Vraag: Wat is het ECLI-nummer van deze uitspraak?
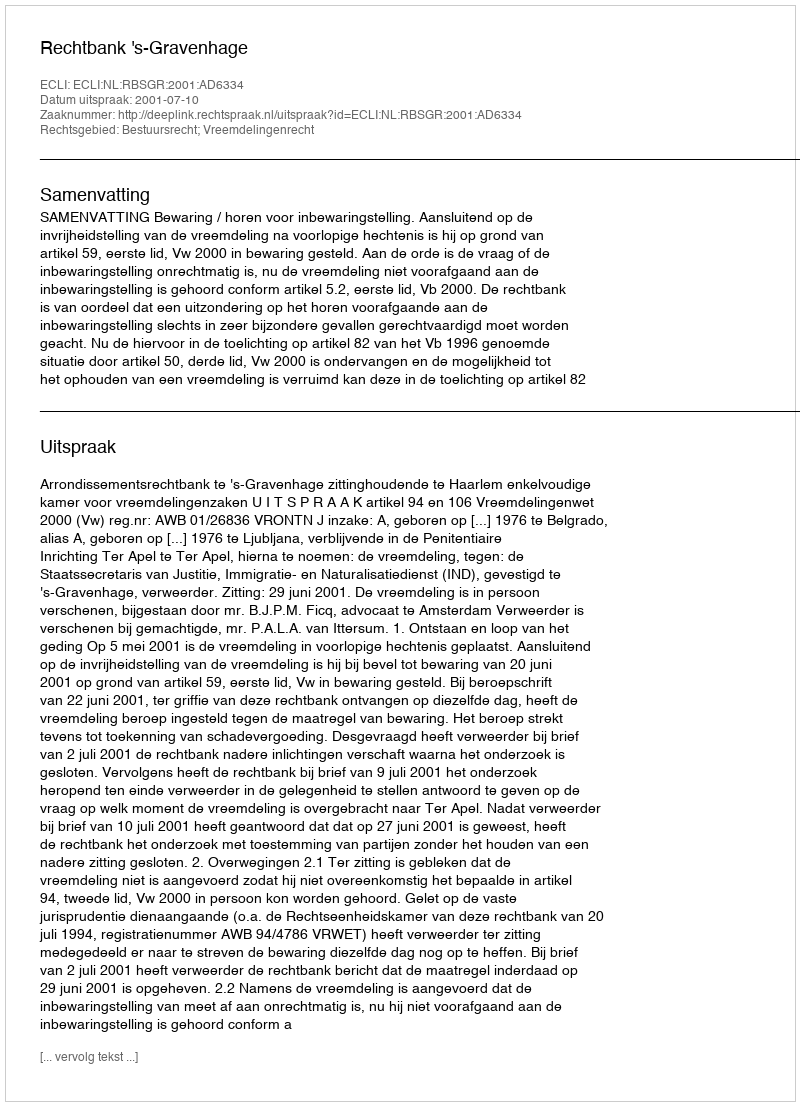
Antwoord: ECLI:NL:RBSGR:2001:AD6334